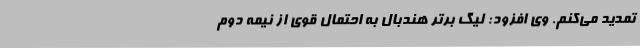
تمدید می‌کنم. وی افزود: لیگ برتر هندبال به احتمال قوی از نیمه دوم